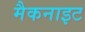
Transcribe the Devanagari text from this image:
मैकनाइट